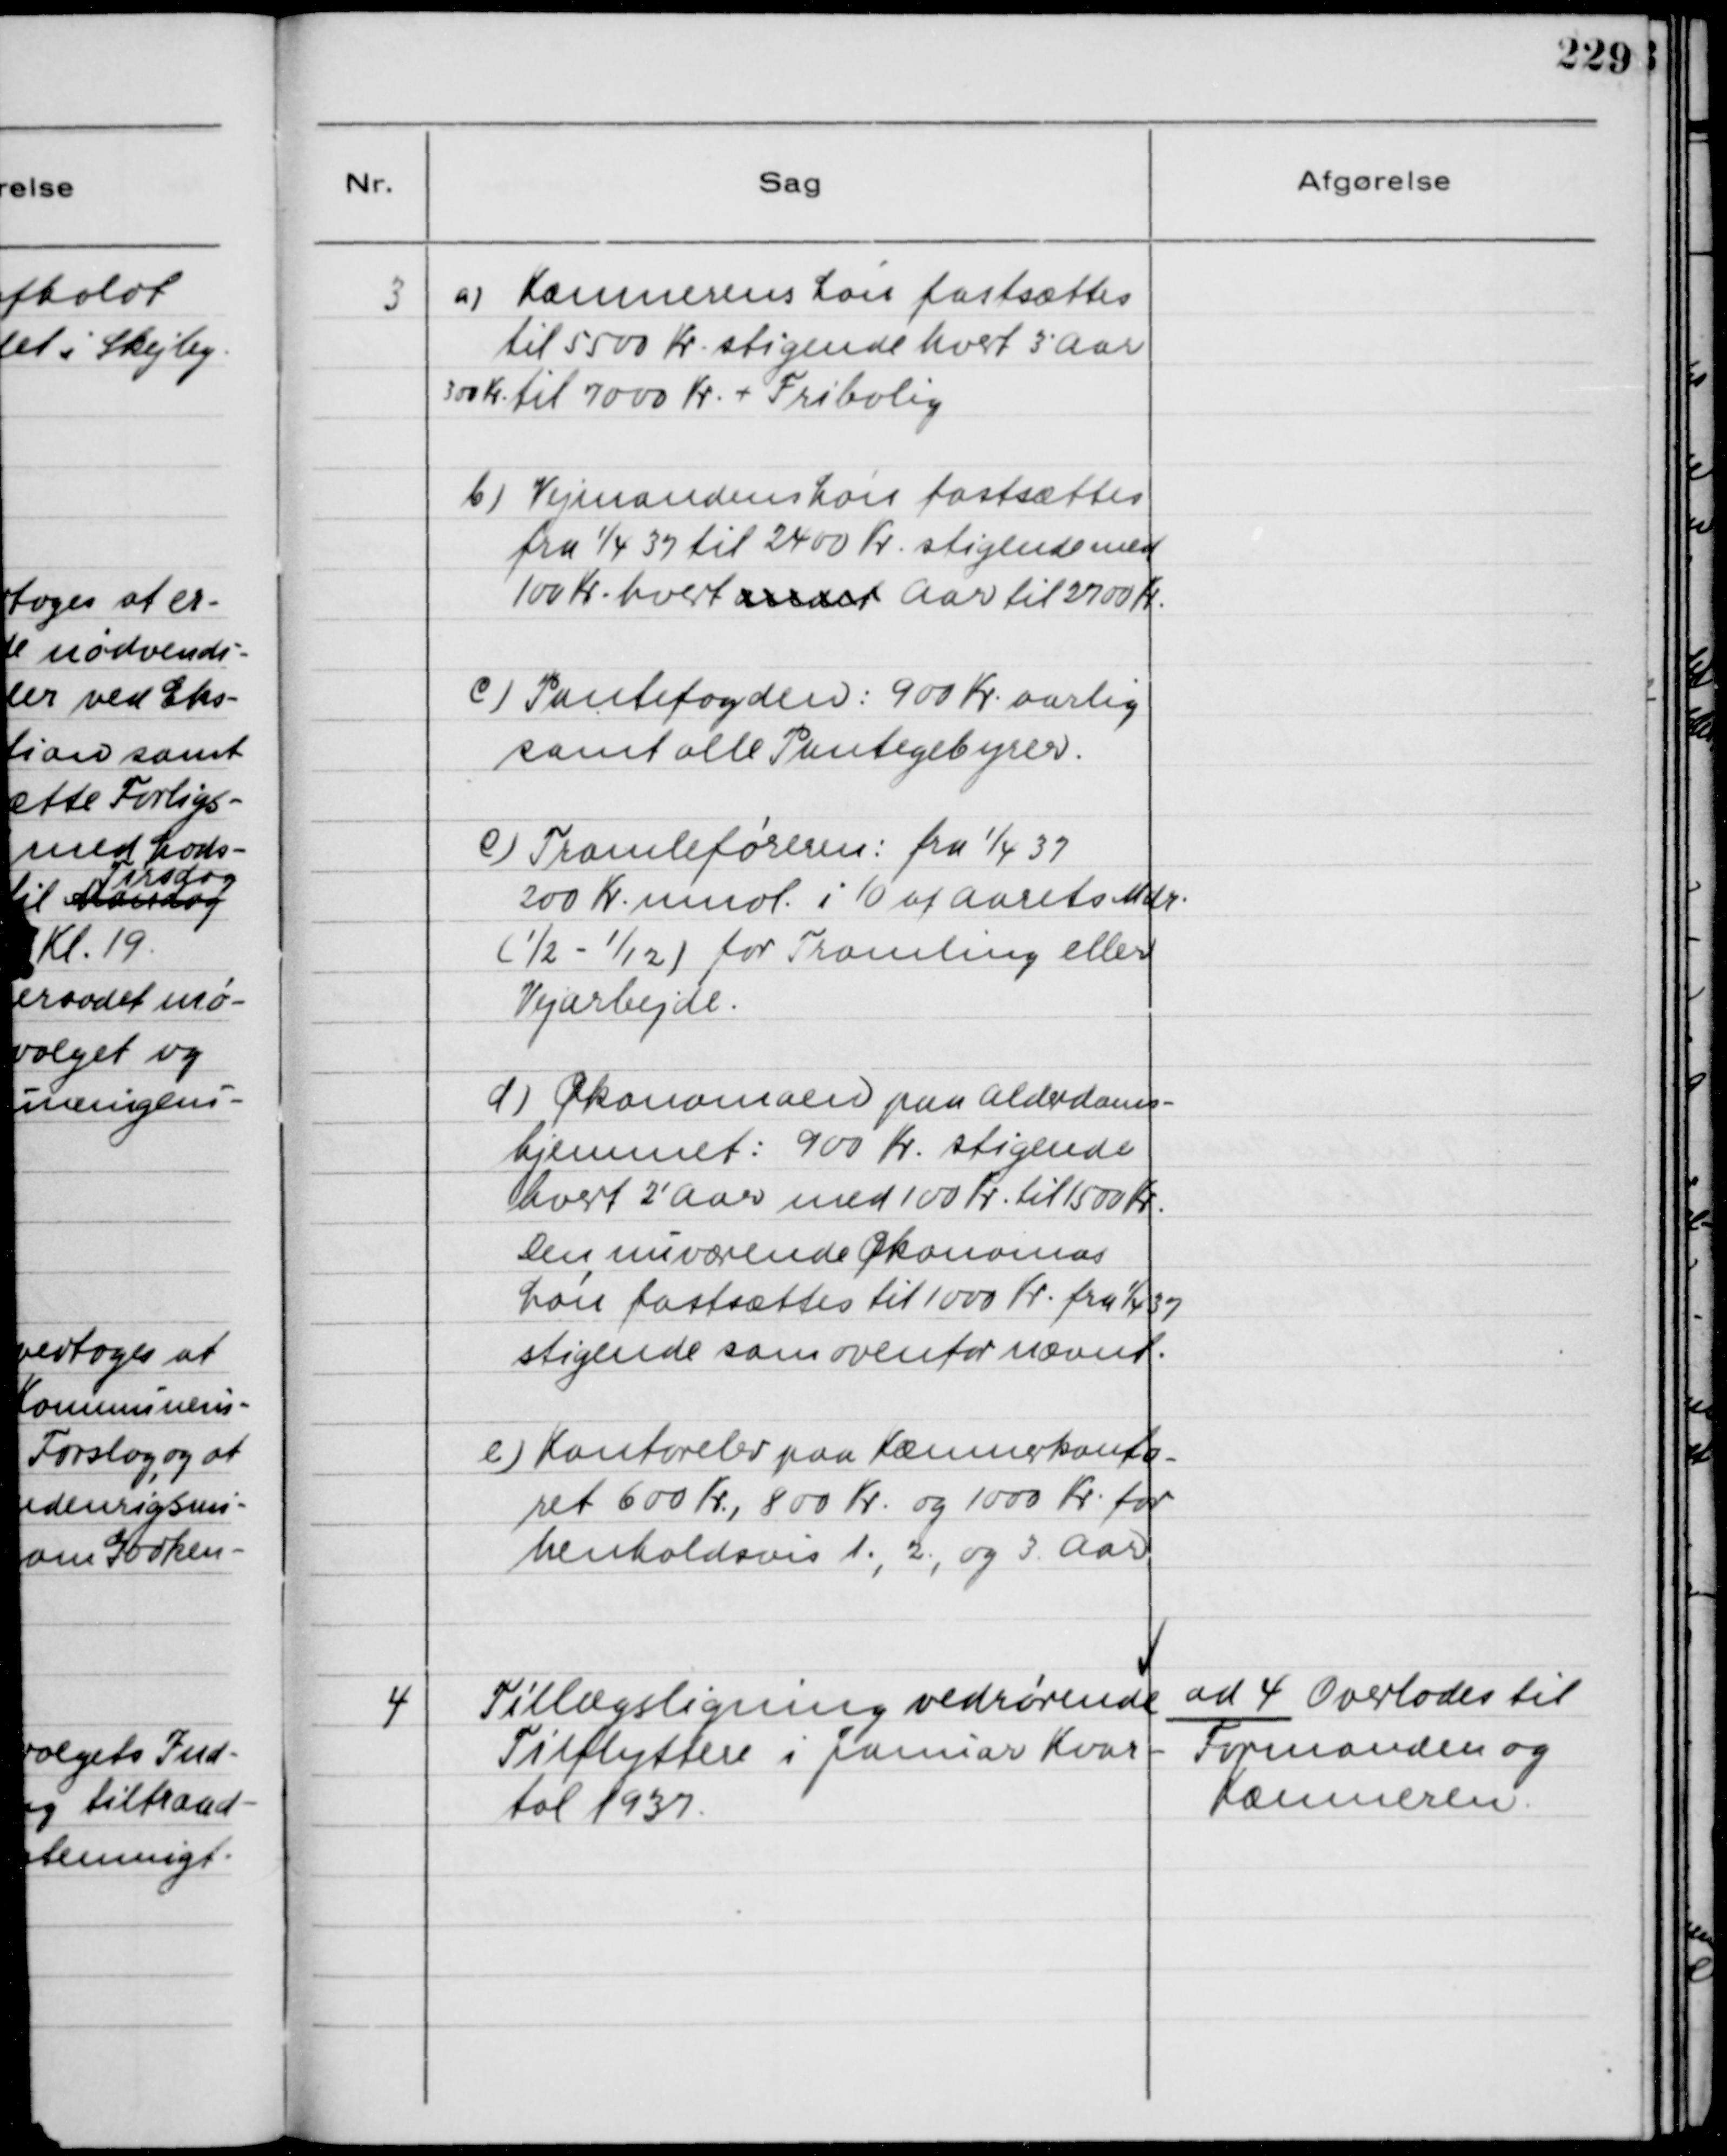
Transskription:
3
a) Kæmnerens Løn fastsættes
til 5500 Kr. stigende hvert 3' Aar
300 Kr. til 7000 Kr. + Fribolig
b) Vejmandens Løn fastsættes
fra 1/4 37 til 2400 Kr. stigende med
100 Kr. hvert andet Aar til 2700 Kr.
c) Pantefogden: 900 Kr. aarlig
samt alle Pantegebyrer.
c) Tromleføreren: fra 1/4 37
200 Kr. mndl. i 10 af aarets Mdr.
(
1
/2 -
1
/12) for Tromling eller
Vejarbejde.
d) Økonomaen paa Alderdoms-
hjemmet: 900 Kr. stigende
hvert 2' Aar med 100 Kr. til 1500 Kr.
Den nuværende Økonomas
Løn fastsættes til 1000 Kr. fra 1/4 37
stigende som ovenfor nævnt.
e) Kontorelev paa Kæmnerkonto-
ret 600 Kr., 800 Kr. og 1000 Kr. for
henholdsvis 1., 2., og 3. Aar.

4
Tillægsligning vedrørende
Tilflyttere i Januar Kvar-
tal 1937.

ad 4 Overlodes til
Formanden og
Kæmneren.